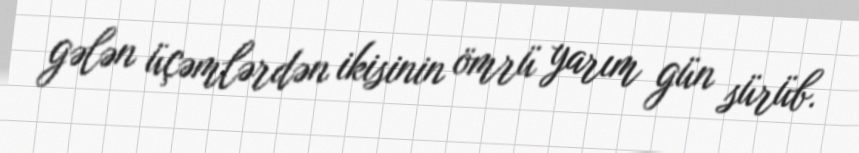
gələn üçəmlərdən ikisinin ömrü yarım gün sürüb.